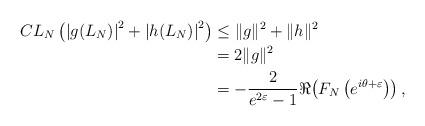
LaTeX: \begin{align*}CL_N \left(\left|g(L_N)\right|^2 + \left|h(L_N)\right|^2\right)& \leq\|g\|^2 + \|h\|^2 \\& =2\|g\|^2 \\& =-\frac{2}{e^{2\varepsilon}-1} \Re\!\left(F_N\left(e^{i\theta+\varepsilon}\right)\right),\end{align*}